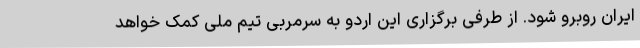
ایران روبرو شود. از طرفی برگزاری این اردو به سرمربی تیم ملی کمک خواهد